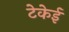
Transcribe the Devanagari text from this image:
टेकेई